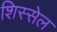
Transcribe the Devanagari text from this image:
शिस्सेल